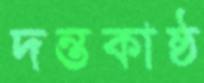
দন্তকাষ্ঠ